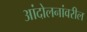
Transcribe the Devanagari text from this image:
आंदोलनांवरील